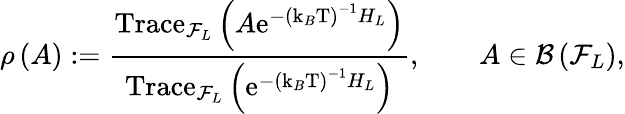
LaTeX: \rho\left(A\right):=\frac{\mathrm{Trace}_{\mathcal{F}_{L}}\left(A\mathrm{e}^{-\left(\mathrm{k}_{B}\mathrm{T}\right)^{-1}H_{L}}\right)}{\mathrm{Trace}_{\mathcal{F}_{L}}\left(\mathrm{e}^{-\left(\mathrm{k}_{B}\mathrm{T}\right)^{-1}H_{L}}\right)},\qquad A\in\mathcal{B}\left(\mathcal{F}_{L}\right),